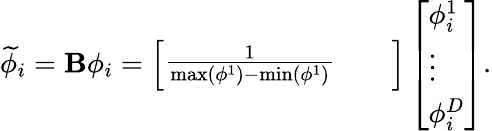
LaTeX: \widetilde{\phi}_{i}={\mathbf B}\phi_{i}=\left[\begin{array}{lll}{\frac{1}{\operatorname*{max}(\phi^{1})-\operatorname*{min}(\phi^{1})}}&{}&{}\end{array}\right]\left[\begin{array}{l}{\phi_{i}^{1}}\\ {\vdots}\\ {\phi_{i}^{D}}\end{array}\right].